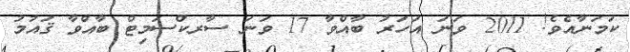
ކަމަނާއެވެ! 2011 ވަނަ އަހަރު ބާއްވާ 17 ވަނަ ސާރކްސަމިޓް ބާއްވާ ޤައުމު